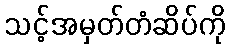
သင့်အမှတ်တံဆိပ်ကို